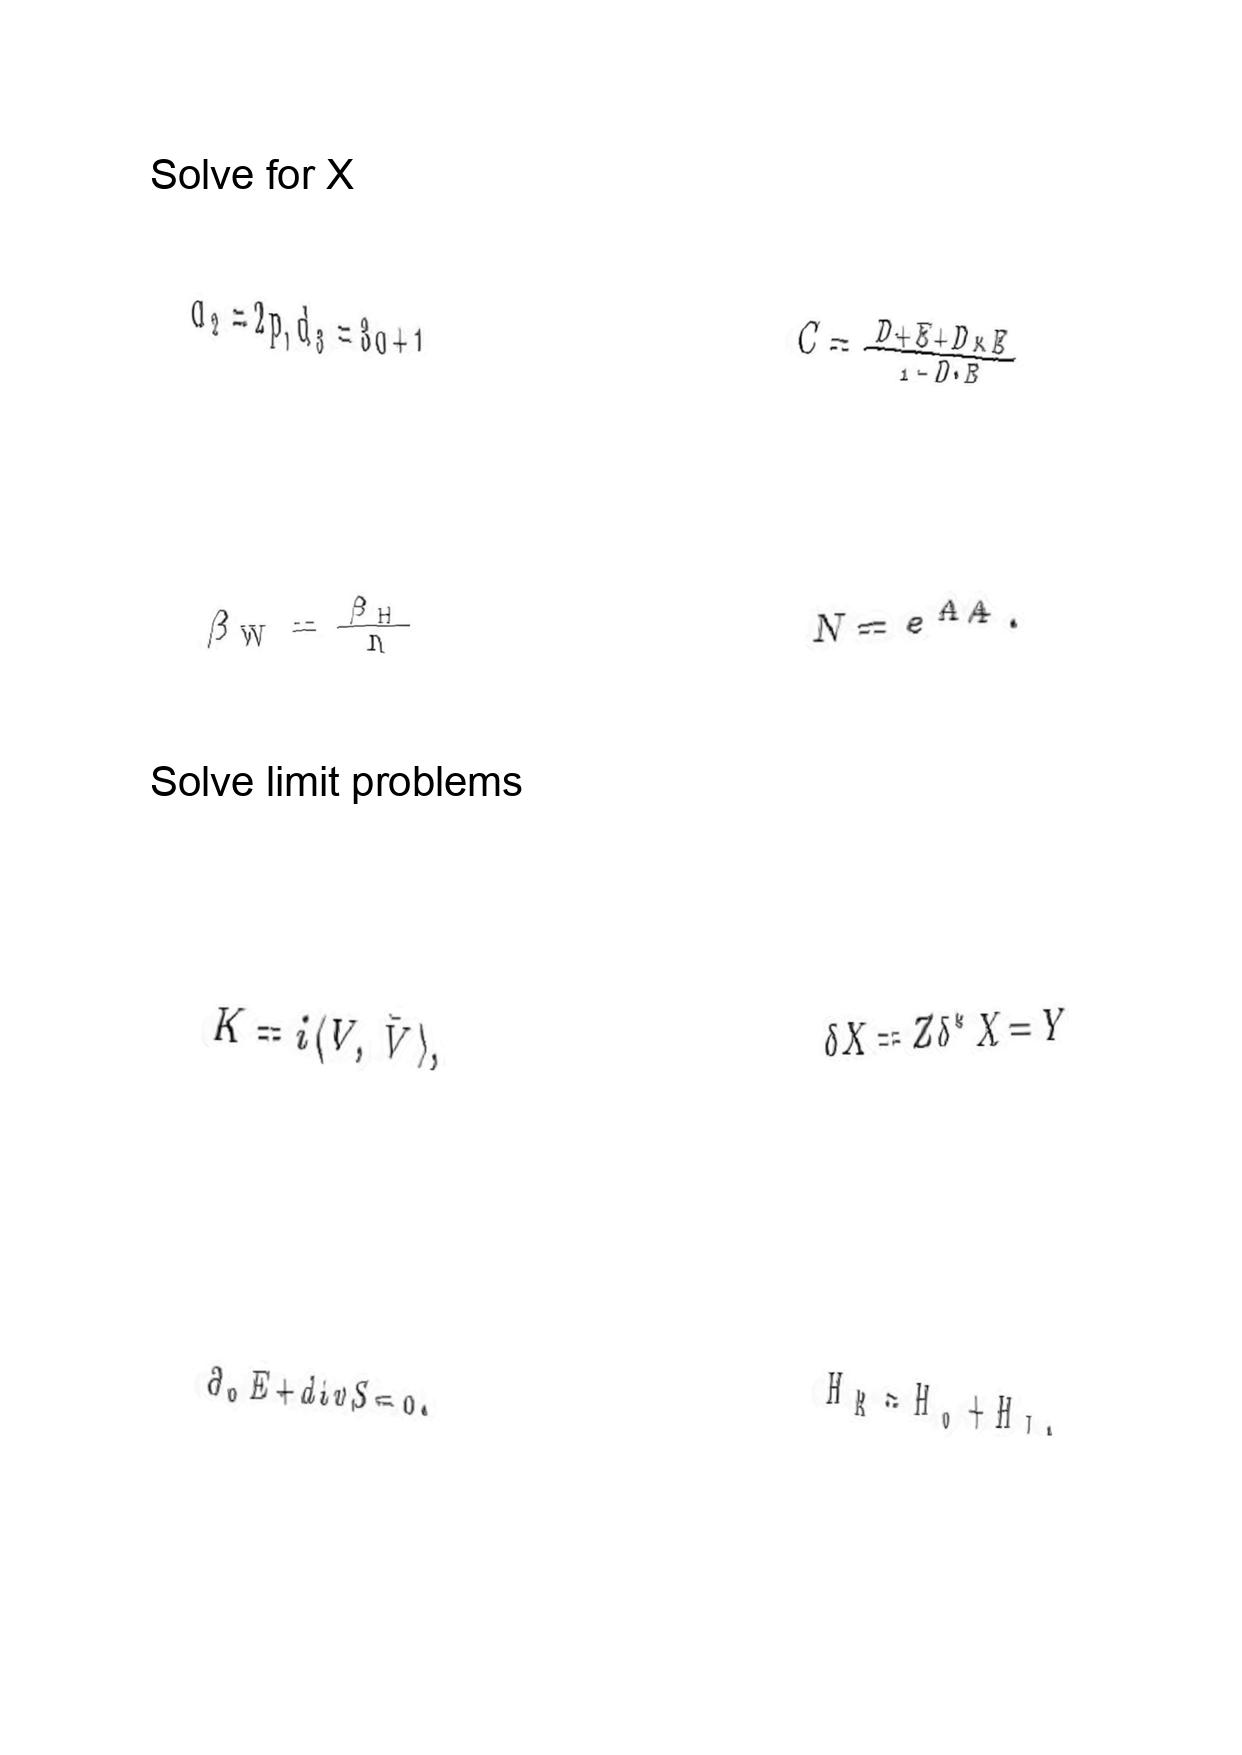
LaTeX transcription:
d _ { 2 } = 2 p , d _ { 3 } = 3 q + 1 ,
\beta _ { W } = \frac { \beta _ { H } } { n }
K = i \langle V , \bar { V } \rangle ,
\partial _ { 0 } E + d i v S = 0 .
C = \frac { D + E + D \times E } { 1 - D \cdot E }
N = e ^ { A / 4 } .
\delta X = Z \delta ^ { \ast } X = Y
H _ { R } = H _ { 0 } + H _ { I } ,